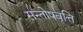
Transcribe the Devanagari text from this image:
सन्तोषवृत्ति